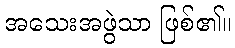
အသေးအဖွဲသာ ဖြစ်၏။